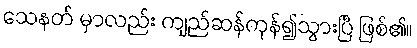
သေနတ် မှာလည်း ကျည်ဆန်ကုန်၍သွားပြီ ဖြစ်၏။